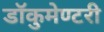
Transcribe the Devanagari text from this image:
डॉकुमेण्टरी